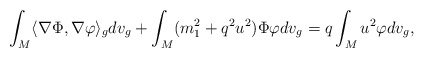
\begin{align*} \int_M \langle\nabla \Phi, \nabla \varphi \rangle_{g} dv_g+ \int_M (m_1^2+q^2u^2) \Phi \varphi dv_g=q \int_M u^2 \varphi dv_g, \end{align*}